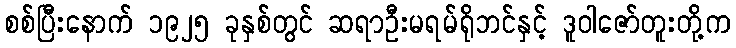
စစ်ပြီးနောက် ၁၉၂၅ ခုနှစ်တွင် ဆရာဦးမရမ်ရိုဘင်နှင့် ဒူဝါဇော်တူးတို့က